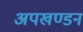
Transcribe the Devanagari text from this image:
अपखण्डन